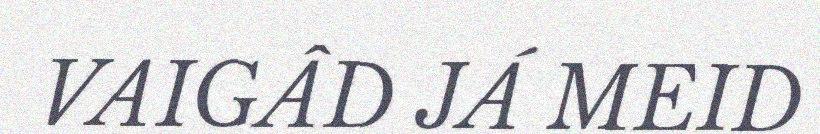
VAIGÂD JÁ MEID